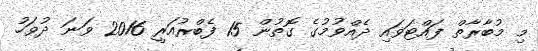
މި މުބާރާތް ފައްޓަވައި ދެއްވުމުގެ ގޮތުން 15 ފެބްރުއަރީ 2016 ވަނަ ދުވަހު